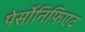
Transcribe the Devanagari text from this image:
पेर्सोनिफ़िएद